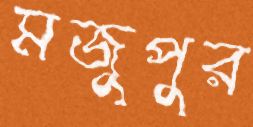
মজুপুর